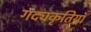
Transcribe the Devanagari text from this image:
गद्यकृतियाँ